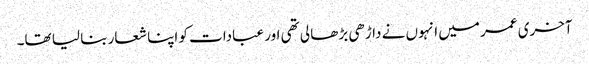
آخری عمر میں انہوں نے داڑھی بڑھا لی تھی اور عبادات کو اپنا شعار بنا لیا تھا۔